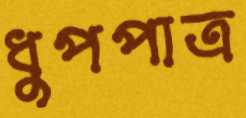
ধুপপাত্র